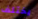
يختلف